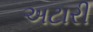
અટારી